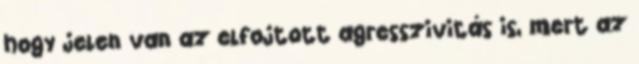
hogy jelen van az elfojtott agresszivitás is, mert az